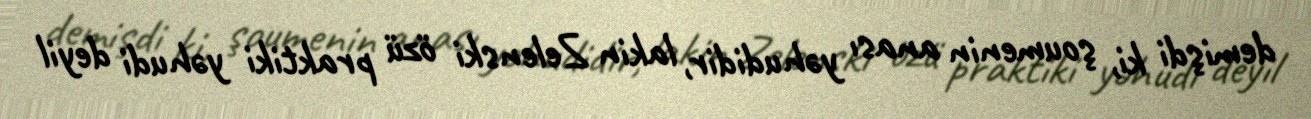
demişdi ki, şoumenin anası yəhudidir, lakin Zelenski özü praktiki yəhudi deyil